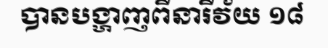
បានបង្ហាញពីនារីវ័យ ១៨